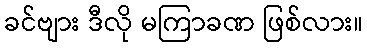
ခင်ဗျား ဒီလို မကြာခဏ ဖြစ်လား။